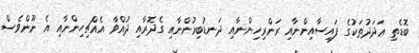
ބޮޑެތި ޢަދަދުތަކުގެ ފައިސާއިންނާއި ރަންރިހިންނާއި ދަނޑުބިމުންނާއި ގެދޮރާއި ދުއްވާ އެއްޗިހިންނާއި އެ ނޫންވެސް